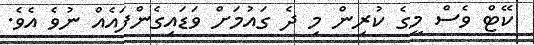
ކޭޓް ވެސް މީގެ ކުރިން މި ދެ ގައުމަށް ވަޑައިގެންފައެއް ނުވެ އެވެ.